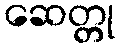
ဆေတ္တု